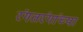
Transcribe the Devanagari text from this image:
रंगतरंगांच्या